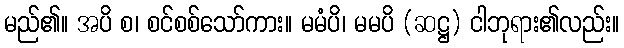
မည်၏။ အပိ စ၊ စင်စစ်သော်ကား။ မမံပိ၊ မမပိ (ဆဋ္ဌ) ငါဘုရား၏လည်း။